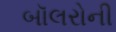
બૉલરોની